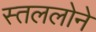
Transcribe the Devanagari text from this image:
स्तललोने